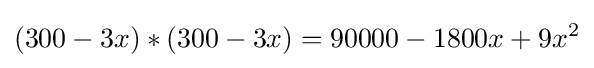
(300-3x)*(300-3x)=90000-1800x+9x^{2}